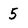
Character: 5